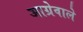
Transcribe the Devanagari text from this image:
आग्रेवाले